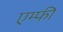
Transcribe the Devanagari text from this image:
एम्फी